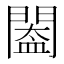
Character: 𨵵